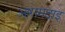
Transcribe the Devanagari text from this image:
आरामदाइ